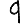
Digit: 9